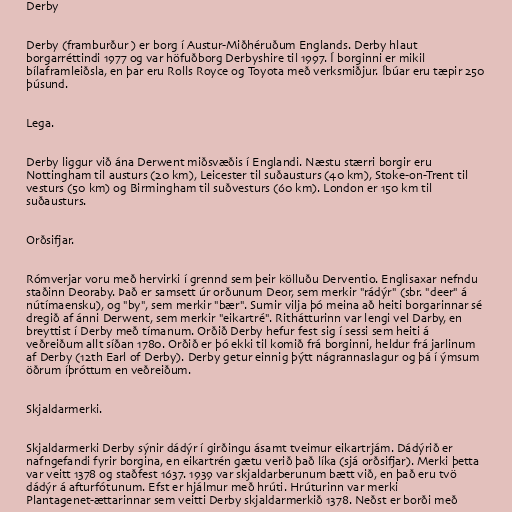
Derby

Derby (framburður ) er borg í Austur-Miðhéruðum Englands. Derby hlaut
borgarréttindi 1977 og var höfuðborg Derbyshire til 1997. Í borginni er mikil
bílaframleiðsla, en þar eru Rolls Royce og Toyota með verksmiðjur. Íbúar eru tæpir 250
þúsund.

Lega.

Derby liggur við ána Derwent miðsvæðis í Englandi. Næstu stærri borgir eru
Nottingham til austurs (20 km), Leicester til suðausturs (40 km), Stoke-on-Trent til
vesturs (50 km) og Birmingham til suðvesturs (60 km). London er 150 km til
suðausturs.

Orðsifjar.

Rómverjar voru með hervirki í grennd sem þeir kölluðu Derventio. Englisaxar nefndu
staðinn Deoraby. Það er samsett úr orðunum Deor, sem merkir "rádýr" (sbr. "deer" á
nútímaensku), og "by", sem merkir "bær". Sumir vilja þó meina að heiti borgarinnar sé
dregið af ánni Derwent, sem merkir "eikartré". Rithátturinn var lengi vel Darby, en
breyttist í Derby með tímanum. Orðið Derby hefur fest sig í sessi sem heiti á
veðreiðum allt síðan 1780. Orðið er þó ekki til komið frá borginni, heldur frá jarlinum
af Derby (12th Earl of Derby). Derby getur einnig þýtt nágrannaslagur og þá í ýmsum
öðrum íþróttum en veðreiðum.

Skjaldarmerki.

Skjaldarmerki Derby sýnir dádýr í girðingu ásamt tveimur eikartrjám. Dádýrið er
nafngefandi fyrir borgina, en eikartrén gætu verið það líka (sjá orðsifjar). Merki þetta
var veitt 1378 og staðfest 1637. 1939 var skjaldarberunum bætt við, en það eru tvö
dádýr á afturfótunum. Efst er hjálmur með hrúti. Hrúturinn var merki
Plantagenet-ættarinnar sem veitti Derby skjaldarmerkið 1378. Neðst er borði með